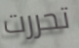
تحررت